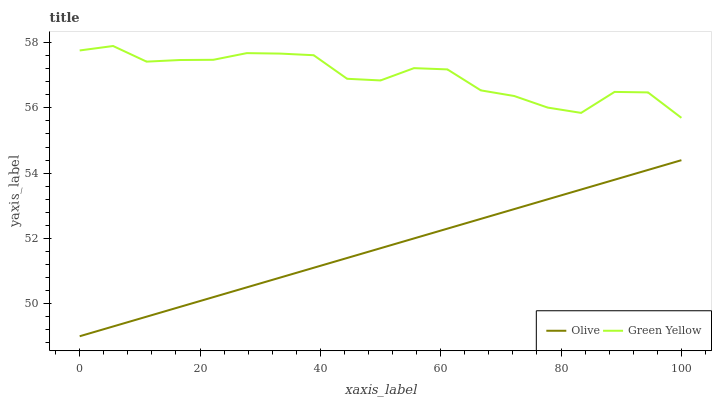
| xaxis_label | Olive | Green Yellow |
 | --- | --- | --- |
 | 0 | 49 | 57.8 |
 | 5.56 | 49.3 | 57.9 |
 | 11.1 | 49.6 | 57.4 |
 | 16.7 | 49.9 | 57.5 |
 | 22.2 | 50.2 | 57.5 |
 | 27.8 | 50.5 | 57.7 |
 | 33.3 | 50.8 | 57.7 |
 | 38.9 | 51.1 | 57.6 |
 | 44.4 | 51.4 | 56.9 |
 | 50 | 51.7 | 56.8 |
 | 55.6 | 52 | 57.2 |
 | 61.1 | 52.3 | 57.2 |
 | 66.7 | 52.6 | 56.5 |
 | 72.2 | 52.9 | 56.4 |
 | 77.8 | 53.2 | 56 |
 | 83.3 | 53.5 | 55.8 |
 | 88.9 | 53.8 | 56.5 |
 | 94.4 | 54.1 | 56.5 |
 | 100 | 54.4 | 55.7 |